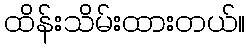
ထိန်းသိမ်းထားတယ်။